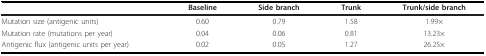
<table><thead><tr><td></td><td><b>Baseline</b></td><td><b>Side branch</b></td><td><b>Trunk</b></td><td><b>Trunk/side branch</b></td></tr></thead><tbody><tr><td>Mutation size (antigenic units)</td><td>0.60</td><td>0.79</td><td>1.58</td><td>1.99×</td></tr><tr><td>Mutation rate (mutations per year)</td><td>0.04</td><td>0.06</td><td>0.81</td><td>13.23×</td></tr><tr><td>Antigenic flux (antigenic units per year)</td><td>0.02</td><td>0.05</td><td>1.27</td><td>26.25×</td></tr></tbody></table>